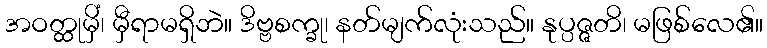
အဝတ္ထုမှိံ၊ မှီရာမရှိဘဲ။ ဒိဗ္ဗစက္ခု၊ နတ်မျက်လုံးသည်။ နုပ္ပဇ္ဇတိ၊ မဖြစ်လေ၏။